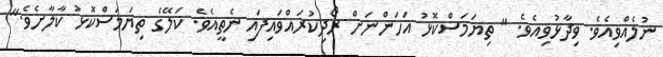
ނުލެއްވިއެވެ. ވިދާޅުވިއެވެ. " ތިޔަމަސްކޮޅު އަހަންނަށް ރޯދިކުރައްވައިފައި ނެތީއެވެ. ކަލޭގެ ތިޔަމަސްކޮޅު ކާލާށެވެ."